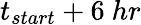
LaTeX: t_{start}+6~hr